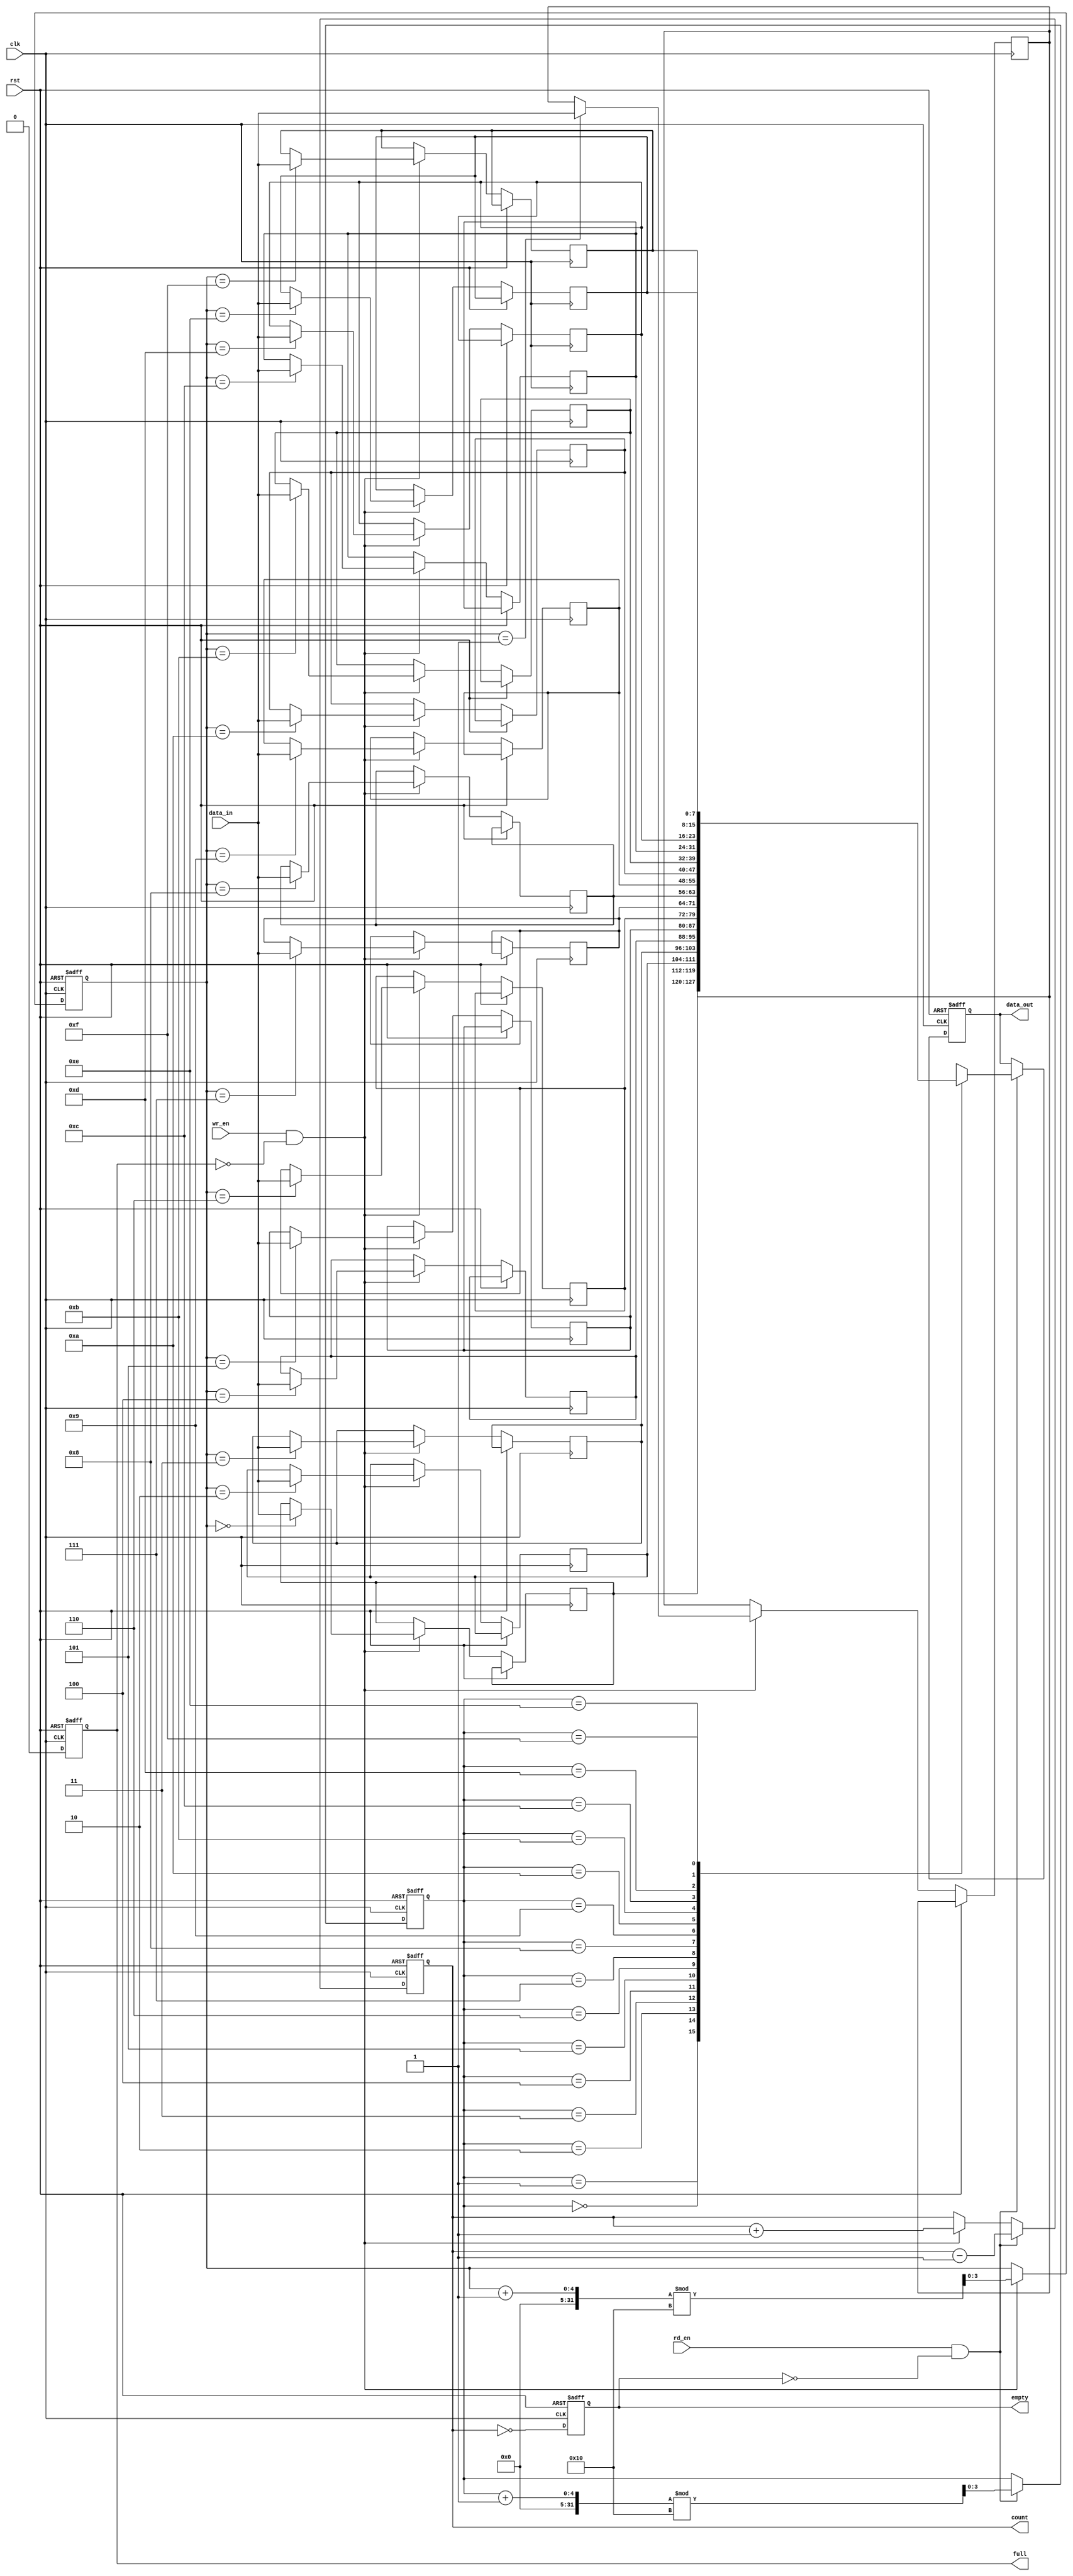
module parameterized_fifo #(parameter N = 16,  // Depth of FIFO
                            W = 8)    // Width of FIFO
(
    input wire clk,               // Clock signal
    input wire rst,               // Asynchronous reset
    input wire [W-1:0] data_in,   // Input data
    input wire wr_en,             // Write enable
    input wire rd_en,             // Read enable
    output reg [W-1:0] data_out,   // Output data
    output reg full,              // FIFO full flag
    output reg empty,             // FIFO empty flag
    output reg [clog2(N)-1:0] count // Number of entries
);

    // Internal storage array
    reg [W-1:0] fifo_mem [0:N-1];
    
    // Read and Write pointers
    reg [clog2(N)-1:0] rd_ptr;
    reg [clog2(N)-1:0] wr_ptr;

    // Reset and initialization
    always @(posedge clk or posedge rst) begin
        if (rst) begin
            rd_ptr <= 0;
            wr_ptr <= 0;
            count <= 0;
            full <= 0;
            empty <= 1;
            data_out <= 0;
        end else begin
            // Write operation
            if (wr_en && !full) begin
                fifo_mem[wr_ptr] <= data_in; // Write data to FIFO
                wr_ptr <= (wr_ptr + 1) % N; // Increment write pointer
                count <= count + 1;         // Increment count
            end

            // Read operation
            if (rd_en && !empty) begin
                data_out <= fifo_mem[rd_ptr]; // Read data from FIFO
                rd_ptr <= (rd_ptr + 1) % N;   // Increment read pointer
                count <= count - 1;           // Decrement count
            end

            // Update full and empty flags
            full <= (count == N);
            empty <= (count == 0);
        end
    end

    // Function to calculate log base 2
    function integer clog2(input integer value);
        begin
            value = value - 1;
            for (clog2 = 0; value > 0; clog2 = clog2 + 1)
                value = value >> 1;
        end
    endfunction

endmodule